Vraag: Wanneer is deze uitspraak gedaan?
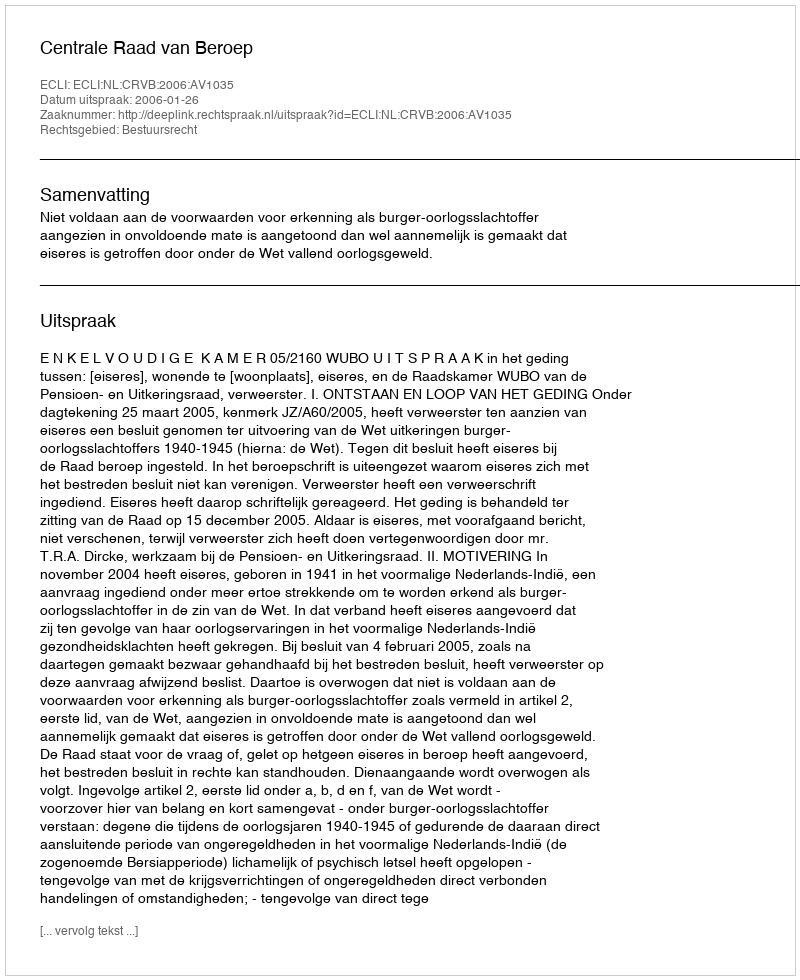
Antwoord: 2006-01-26